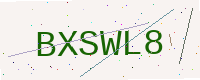
Text: BXSWL8